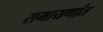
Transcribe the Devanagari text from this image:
रामायणांत